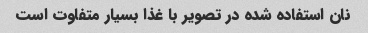
نان استفاده شده در تصویر با غذا بسیار متفاوت است